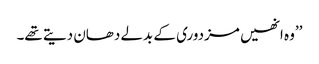
’’وہ انھیں مزدوری کے بدلے دھان دیتے تھے۔